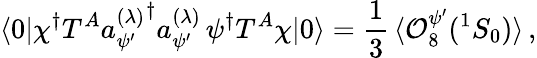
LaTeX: \langle 0|\chi^{\dagger}T^{A}{a_{\psi^{\prime}}^{(\lambda)}}^{\dagger}a_{\psi^{\prime}}^{(\lambda)}\, \psi^{\dagger}T^{A}\chi|0\rangle=\frac{1}{3}\, \langle{\cal O}_{8}^{\psi^{\prime}}({}^{1}S_{0})\rangle\, ,